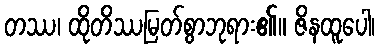
တဿ၊ ထိုတိဿမြတ်စွာဘုရား၏။ ဇိနထူပေါ၊